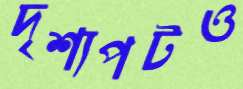
দৃশ্যপটও